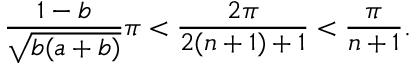
\frac { 1 - b } { \sqrt { b ( a + b ) } } \pi < \frac { 2 \pi } { 2 ( n + 1 ) + 1 } < \frac { \pi } { n + 1 } .